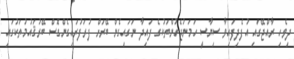
ދިވެހި ރާއްޖޭގައި އުފެދިފައިވާ ސިޔާސީ ހަމަނުޖެހުންތަކުގެ ފައިދާ ނަގައިގެން ބޭރަށް ފުރަފުރައިގެންގޮސް ބޭރުޤައުމުތަކުގައި